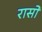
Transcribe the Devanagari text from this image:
रासों